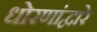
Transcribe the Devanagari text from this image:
धोरणांद्वारे